Problem: 4 × 4 = ?
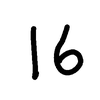
Handwritten answer: 16